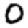
Digit: 0